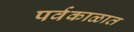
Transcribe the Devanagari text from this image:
पर्वकाळात